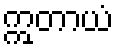
ဣတာယံ